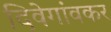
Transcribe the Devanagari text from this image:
दिवेगांवकर